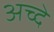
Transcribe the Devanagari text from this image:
अच्दे